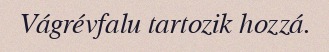
Vágrévfalu tartozik hozzá.